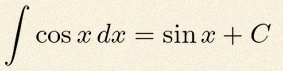
\int \cos x\,dx=\sin x+C